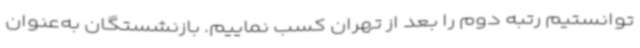
توانستیم رتبه دوم را بعد از تهران کسب نماییم. بازنشستگان به‌عنوان